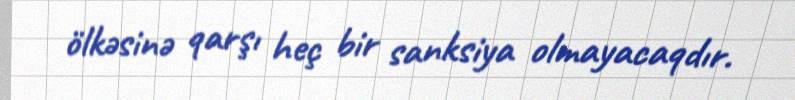
ölkəsinə qarşı heç bir sanksiya olmayacaqdır.